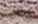
جعلتهم